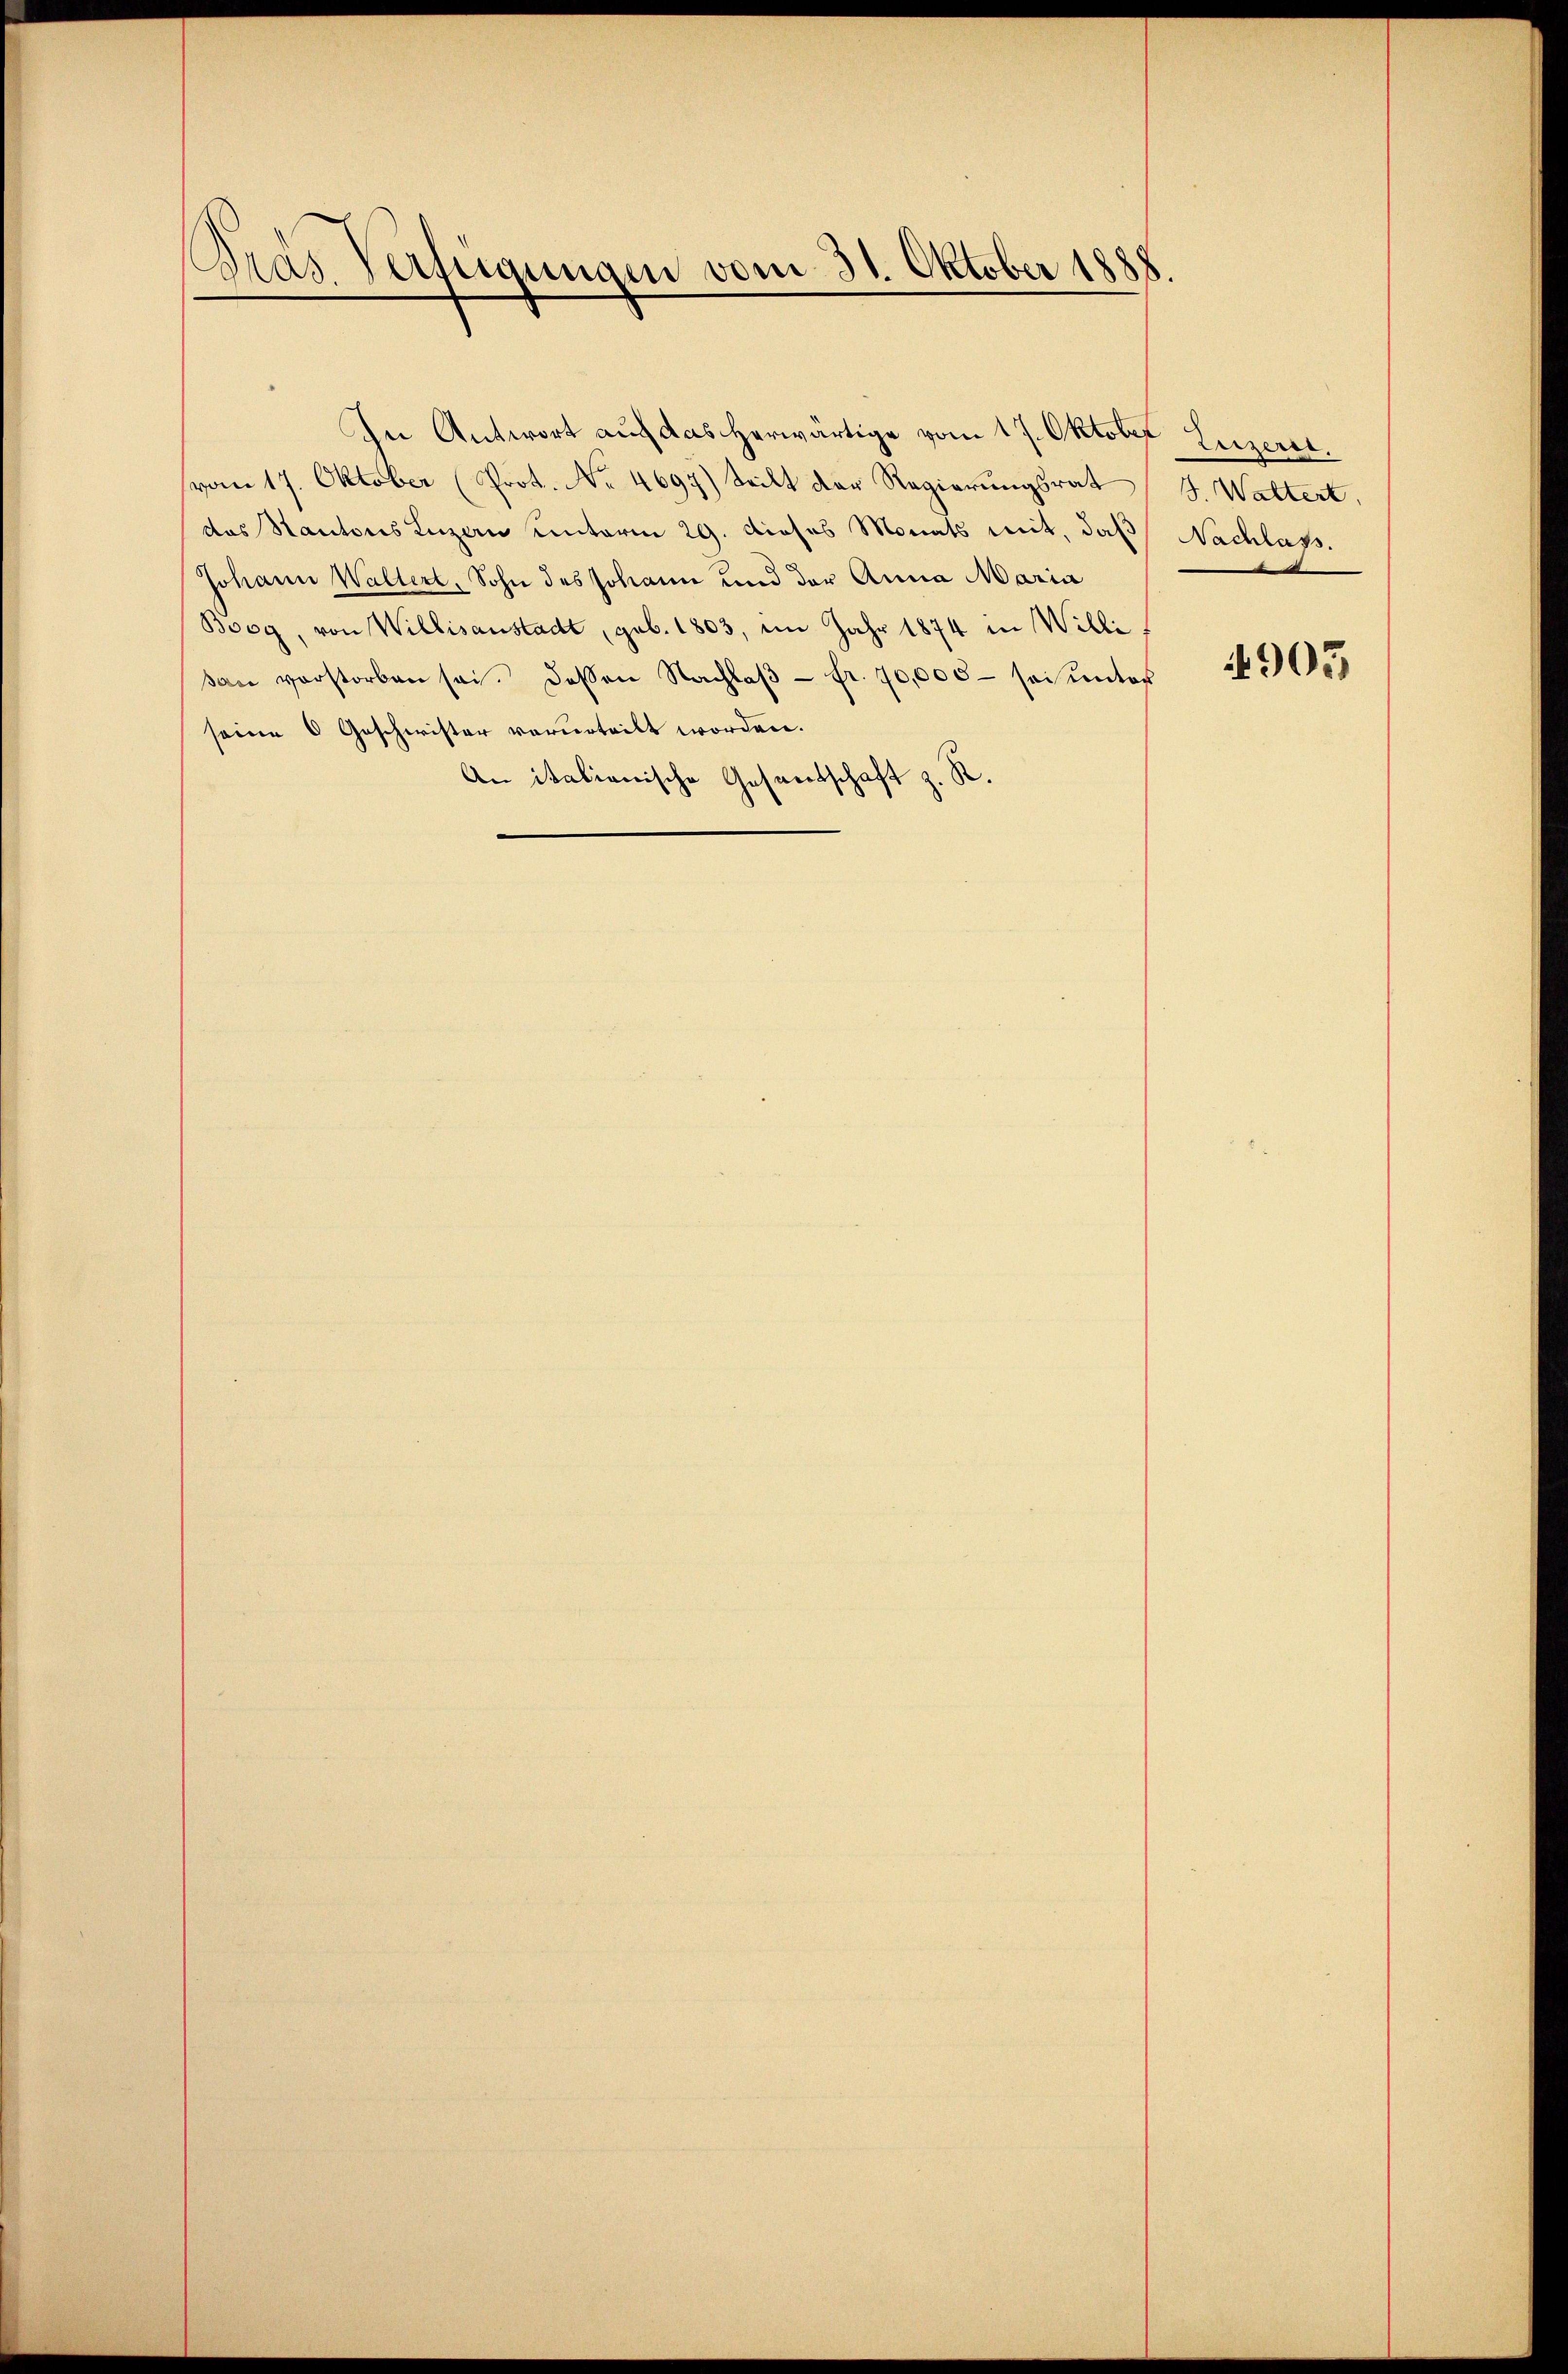
Bras Verfügungen vom 31. Oktober 1888.

(vom 17. Oktober (Prot. No. 4697) teilt der Regierungsrat J. Waltert,
des Kantons Luzern unterm 29. dieses Monats mit, daß Nachlass.
Johann Waltert, Sohn des Johann und der Anna Maria
Boog, von Willisanstadt, geb. 1803, im Jahr 1874 in Willi
an verstorben sei. Dassen Nachlaβ - fr. 70,000 sei ŭnter
seine 6 Geschwister vorurteilt worden.
An italienische Gesandschaft z. R.

In Antwort auf das herwärtige vom 17. Oktober Luzeret.

905